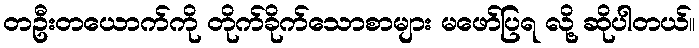
တဦးတယောက်ကို တိုက်ခိုက်သောစာများ မဖော်ပြရ လို့ ဆိုပါတယ်။